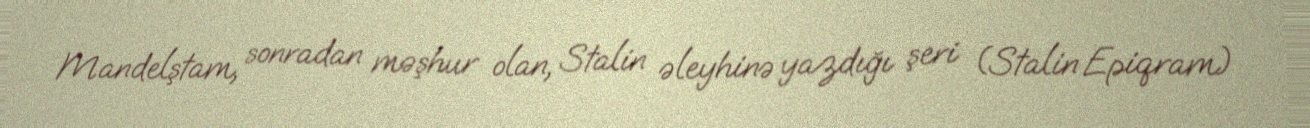
Mandelştam, sonradan məşhur olan, Stalin əleyhinə yazdığı şeri (Stalin Epiqram)